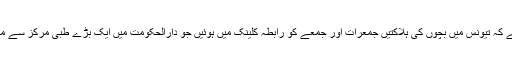
واضح رہے کہ تیونس میں بچوں کی ہلاکتیں جمعرات اور جمعے کو رابطہ کلینک میں ہوئیں جو دارالحکومت میں ایک بڑے طبی مرکز سے منسلک ہے۔